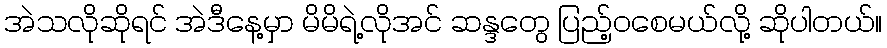
အဲသလိုဆိုရင် အဲဒီနေ့မှာ မိမိရဲ့လိုအင် ဆန္ဒတွေ ပြည့်ဝစေမယ်လို့ ဆိုပါတယ်။